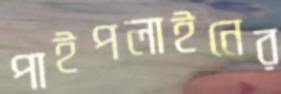
পাইপলাইনের